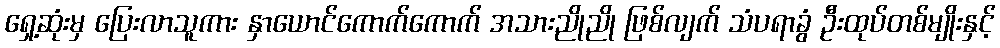
ရှေ့ဆုံးမှ ပြေးလာသူကား နှာယောင်ကောက်ကောက် အသားညိုညို ဖြစ်လျက် သံပရာခွံ ဦးထုပ်တစ်မျိုးနှင့်